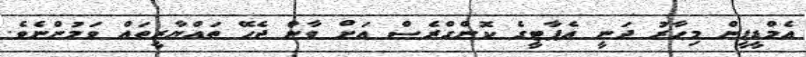
އެމްޑީޕީން މިހާރު ދަނީ އެޕާޓީގެ ކޮންގްރެސް އަށް ވާން ޖެހޭ ތައްޔާރީތައް ވަމުންނެވެ.